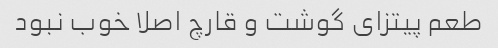
طعم پیتزای گوشت و قارچ اصلا خوب نبود